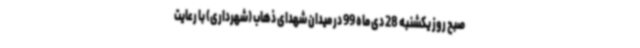
صبح روز یکشنبه 28 دی ماه 99 در میدان شهدای ذهاب (شهرداری) با رعایت